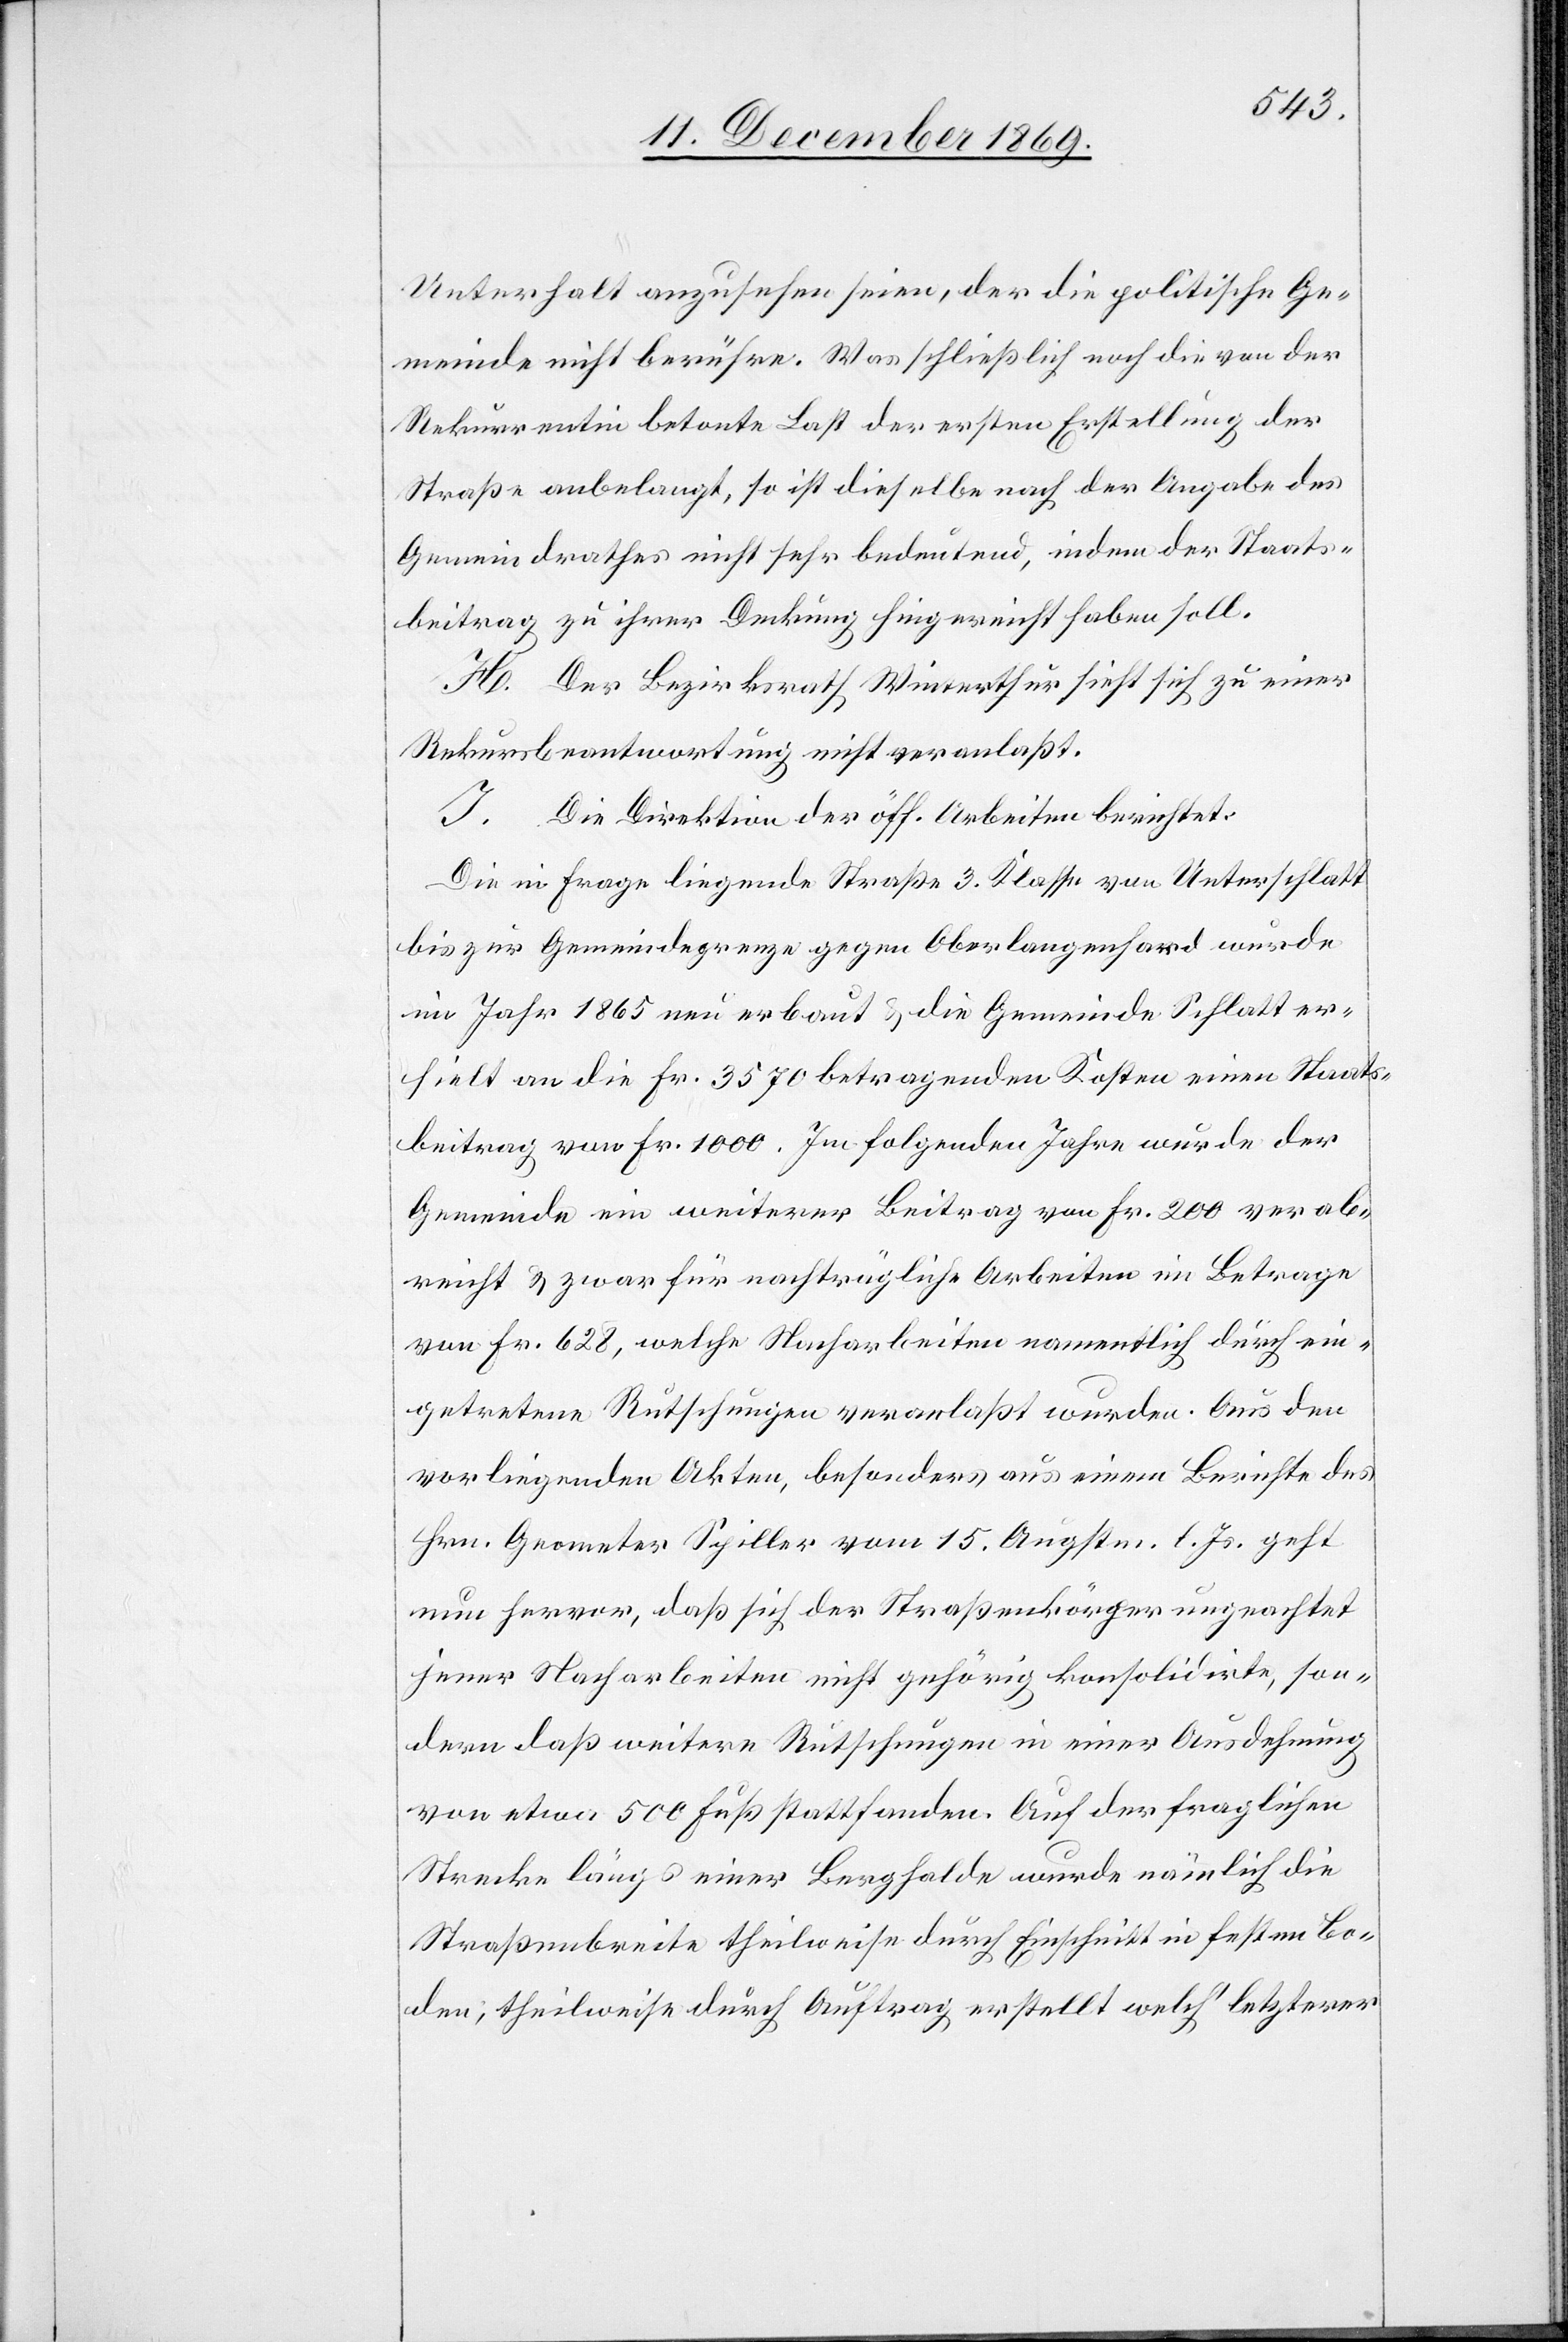
Unterhalt anzusehen seien, der die politische Ge¬
meinde nicht berühre. Was schließlich noch die von der
Rekurrentin betonte Last der ersten Erstellung der
Straße anbelangt, so ist dieselbe nach der Angabe des
Gemeindrathes nicht sehr bedeutend, indem der Staats¬
beitrag zu ihrer Deckung hingereicht haben soll.
H. Der Bezirksrath Winterthur sieht sich zu einer
Rekursbeantwortung nicht veranlaßt.
I. Die Direktion der öff. Arbeiten berichtet:
Die in Frage liegende Straße 3. Klasse von Unterschlatt
bis zur Gemeindegrenze gegen Oberlangenhard wurde
im Jahr 1865 neu erbaut & die Gemeinde Schlatt er¬
hielt an die Fr. 3570 betragenden Kosten einen Staats¬
beitrag von Fr. 1000. Im folgenden Jahre wurde der
Gemeinde ein weiterer Beitrag von Fr. 200 verab¬
reicht & zwar für nachträgliche Arbeiten im Betrage
von Fr. 628, welche Nacharbeiten namentlich durch ein¬
getretene Rutschungen veranlaßt wurden. Aus den
vorliegenden Akten, besonders aus einem Berichte des
Hrn. Geometer Spiller vom 15. Augstm. l. Js. geht
nun hervor, daß sich der Straßenkörper ungeachtet
jener Nacharbeiten nicht gehörig konsolidirte, son¬
dern daß weitere Rutschungen in einer Ausdehnung
von etwa 500 Fuß stattfanden. Auf der fraglichen
Strecke längs einer Berghalde wurde nämlich die
Straßenbreite theilweise durch Einschnitt in festen Bo¬
den, theilweise durch Auftrag erstellt welch‘ letzterer